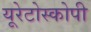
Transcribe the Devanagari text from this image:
यूरेटोस्कोपी